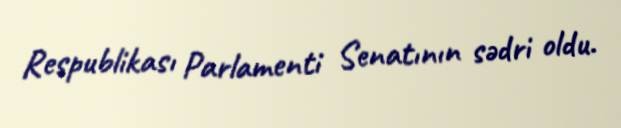
Respublikası Parlamenti Senatının sədri oldu.